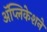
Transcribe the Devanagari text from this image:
अॅप्लिकेशने